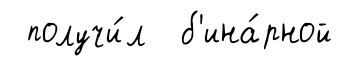
получи́л б'ина́рной